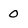
Character: 0